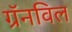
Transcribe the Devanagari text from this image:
ग्रॅनविल